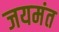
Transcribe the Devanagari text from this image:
जयमंत